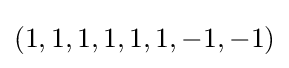
(1,1,1,1,1,1,-1,-1)